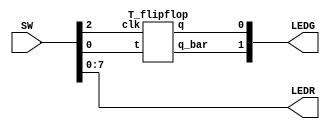
module Lab2_ex5(SW,LEDR,LEDG);
	input [17:0] SW;
	output [7:0] LEDR;
	output [17:0] LEDG;
	assign LEDR=SW;
	T_flipflop DUT(.clk(SW[2]), .t(SW[0]),.q(LEDG[0]),.q_bar(LEDG[1]));
endmodule

module T_flipflop (
  input clk, rst_n,
  input t,
  output reg q,
  output q_bar
  );
  
  // always@(posedge clk or negedge rst_n) // for asynchronous reset
  always@(posedge clk) begin // for synchronous reset
    if(rst_n) q <= 0;
    else begin
      q <= (t?~q:q);
    end
  end
  assign q_bar = ~q;
endmodule